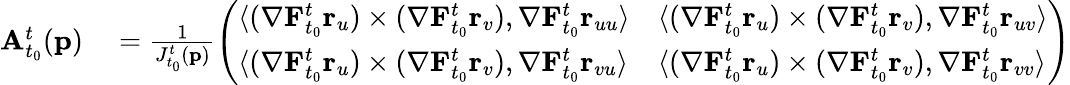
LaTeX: \begin{array}{rl}{\mathbf{A}_{t_{0}}^{t}(\mathbf{p})}&{{}=\frac{1}{J_{t_{0}}^{t}(\mathbf{p})}\left(\begin{array}{ll}{\langle(\mathbf{\nabla}\mathbf{F}_{t_{0}}^{t}\mathbf{r}_{u})\times(\mathbf{\nabla}\mathbf{F}_{t_{0}}^{t}\mathbf{r}_{v}),\mathbf{\nabla}\mathbf{F}_{t_{0}}^{t}\mathbf{r}_{uu}\rangle}&{\langle(\mathbf{\nabla}\mathbf{F}_{t_{0}}^{t}\mathbf{r}_{u})\times(\mathbf{\nabla}\mathbf{F}_{t_{0}}^{t}\mathbf{r}_{v}),\mathbf{\nabla}\mathbf{F}_{t_{0}}^{t}\mathbf{r}_{uv}\rangle}\\ {\langle(\mathbf{\nabla}\mathbf{F}_{t_{0}}^{t}\mathbf{r}_{u})\times(\mathbf{\nabla}\mathbf{F}_{t_{0}}^{t}\mathbf{r}_{v}),\mathbf{\nabla}\mathbf{F}_{t_{0}}^{t}\mathbf{r}_{vu}\rangle}&{\langle(\mathbf{\nabla}\mathbf{F}_{t_{0}}^{t}\mathbf{r}_{u})\times(\mathbf{\nabla}\mathbf{F}_{t_{0}}^{t}\mathbf{r}_{v}),\mathbf{\nabla}\mathbf{F}_{t_{0}}^{t}\mathbf{r}_{vv}\rangle}\end{array}\right)}\end{array}